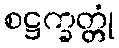
စဋ္ဌက္ခတ္တုံ